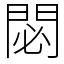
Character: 閟